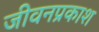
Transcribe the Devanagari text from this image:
जीवनप्रकाश